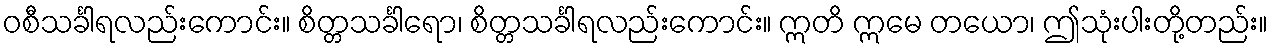
ဝစီသင်္ခါရလည်းကောင်း။ စိတ္တသင်္ခါရော၊ စိတ္တသင်္ခါရလည်းကောင်း။ ဣတိ ဣမေ တယော၊ ဤသုံးပါးတို့တည်း။